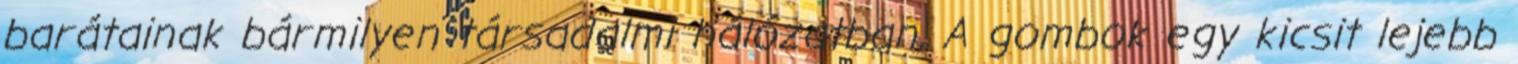
barátainak bármilyen társadalmi hálózatban. A gombok egy kicsit lejebb